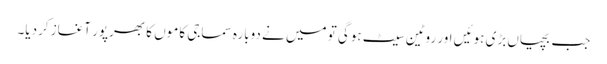
جب بچیاں بڑی ہوئیں اور روٹین سیٹ ہوگی تو میں نے دوبارہ سماجی کاموں کا بھرپور آغاز کردیا۔